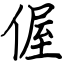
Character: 偓